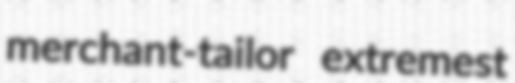
merchant-tailor extremest